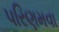
પરિણમવા